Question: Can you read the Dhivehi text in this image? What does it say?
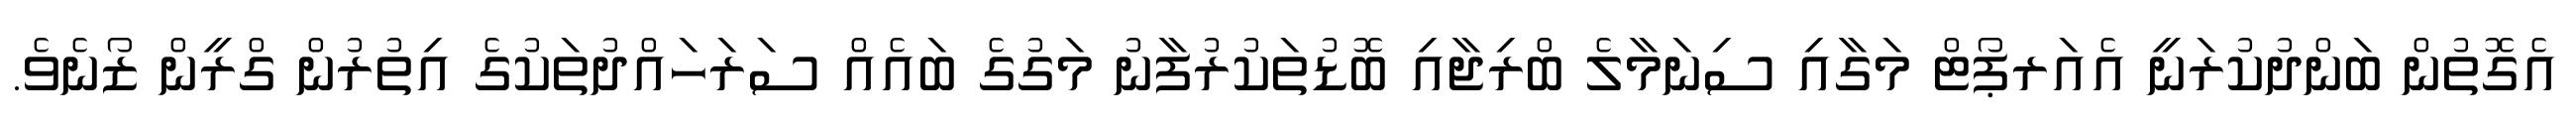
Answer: އެގޮތުން ބަންދުކުރަނީ އެއަރޕޯޓް މަގާއި ސިނަމާލެ ބްރިޖާއި ބޮޑުތަކުރުފާނު މަގުގެ ބައެއް ސަރަހައްދުތަކުގެ އިތުރުން ގްރީން ޒޯނެވެ.